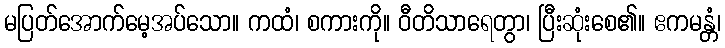
မပြတ်အောက်မေ့အပ်သော။ ကထံ၊ စကားကို။ ဝီတိသာရေတွာ၊ ပြီးဆုံးစေ၏။ ဧကမန္တံ၊